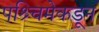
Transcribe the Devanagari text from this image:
पश्र्चिमेकडून